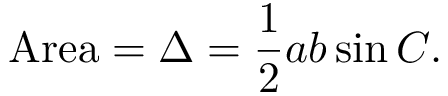
{ \mathrm { A r e a } } = \Delta = { \frac { 1 } { 2 } } a b \sin C .